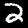
Label: 2